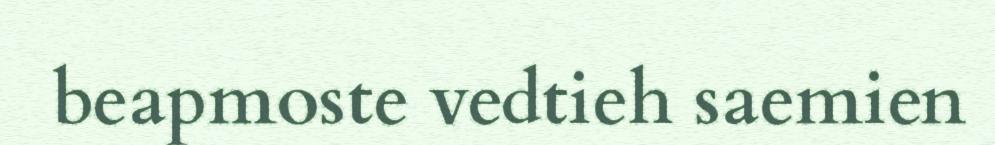
beapmoste vedtieh saemien